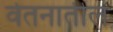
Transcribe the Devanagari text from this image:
वेतनातील